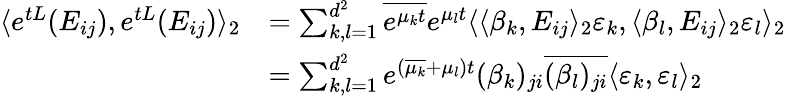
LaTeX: \begin{array}{rl}{\langle e^{tL}(E_{ij}),e^{tL}(E_{ij})\rangle_{2}}&{=\sum_{k,l=1}^{d^{2}}\overline{{e^{\mu_{k}t}}}e^{\mu_{l}t}\langle\langle\beta_{k},E_{ij}\rangle_{2}\varepsilon_{k},\langle\beta_{l},E_{ij}\rangle_{2}\varepsilon_{l}\rangle_{2}}\\ &{=\sum_{k,l=1}^{d^{2}}e^{(\overline{{\mu_{k}}}+\mu_{l})t}(\beta_{k})_{ji}\overline{{(\beta_{l})_{ji}}}\langle\varepsilon_{k},\varepsilon_{l}\rangle_{2}}\end{array}